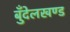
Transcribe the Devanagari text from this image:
बुँदेलखण्ड